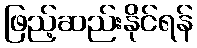
ဖြည့်ဆည်းနိုင်ရန်